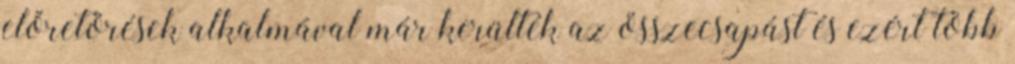
előretörések alkalmával már kerülték az összecsapást és ezért több